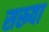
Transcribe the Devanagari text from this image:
सरूवा